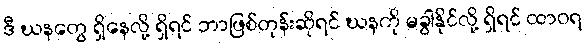
ဒီ ဃနတွေ ရှိနေလို့ ရှိရင် ဘာဖြစ်တုန်းဆိုရင် ဃနကို မခွါနိုင်လို့ ရှိရင် ထာဝရ